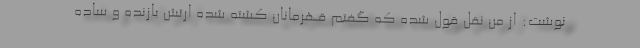
نوشت: از من نقل قول شده که گفتم قهرمانان کشته شده ارتش بازنده و ساده